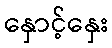
နှောင့်နှေး